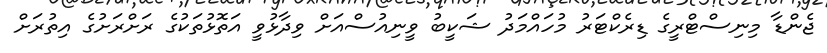
ޖެންޑާ މިނިސްޓްރީގެ ޑިރެކްޓަރު މުހައްމަދު ޝަކީބު ވީނިއުސްއަށް ވިދާޅުވީ އަތޮޅުތަކުގެ ރަށްރަށުގެ އިތުރަށް